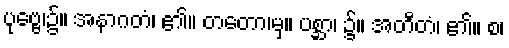
ပုဗ္ဗေ၊၌။ အနာဂတံ၊ ၏။ တတော၊မှ။ ပစ္ဆာ၊ ၌။ အတီတံ၊ ၏။ စ၊